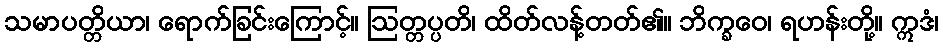
သမာပတ္တိယာ၊ ရောက်ခြင်းကြောင့်။ ဩတ္တပ္ပတိ၊ ထိတ်လန့်တတ်၏။ ဘိက္ခဝေ၊ ရဟန်းတို့။ ဣဒံ၊